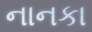
નાનકા